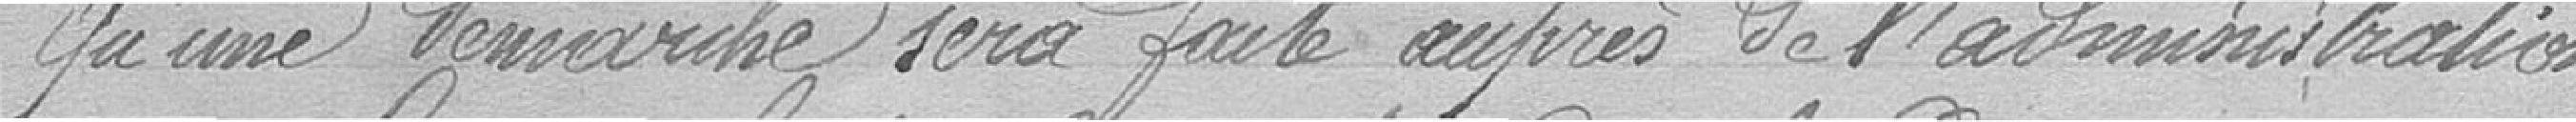
Qu'une démarche sera faite auprès de l'administration